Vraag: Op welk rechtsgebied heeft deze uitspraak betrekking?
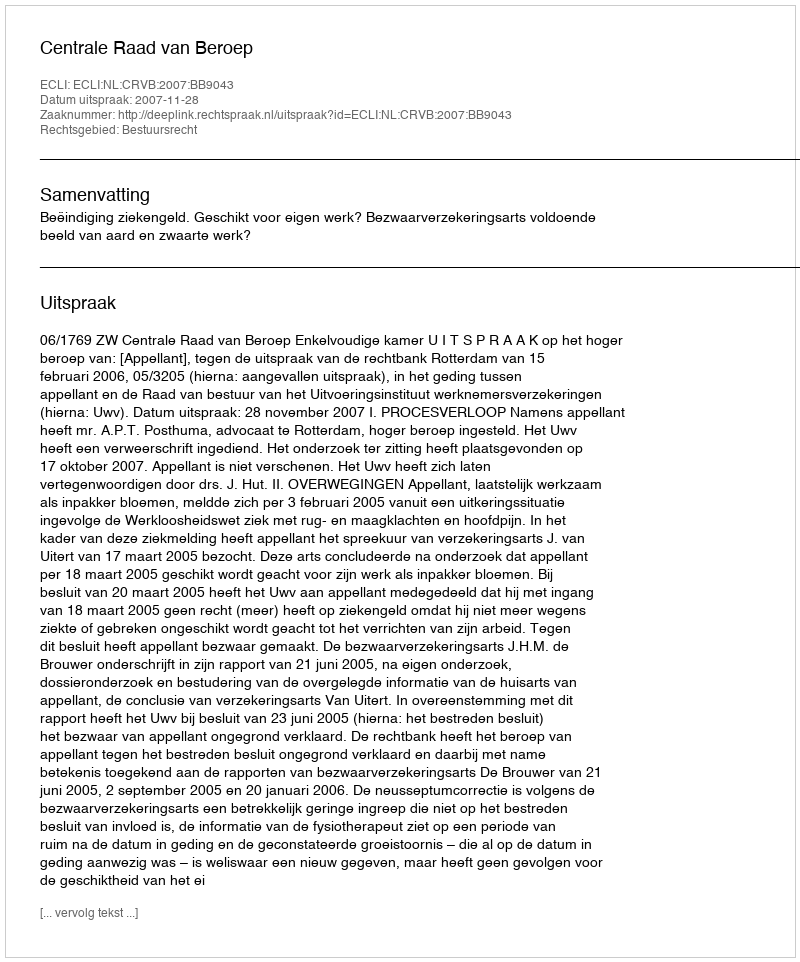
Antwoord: Bestuursrecht